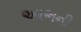
આભની